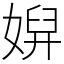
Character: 㜒